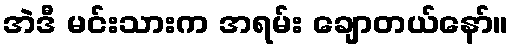
အဲဒီ မင်းသားက အရမ်း ချောတယ်နော်။